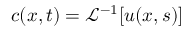
c ( x , t ) = \mathcal { L } ^ { - 1 } [ u ( x , s ) ]